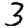
Digit: 3